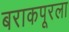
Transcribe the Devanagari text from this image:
बराकपूरला